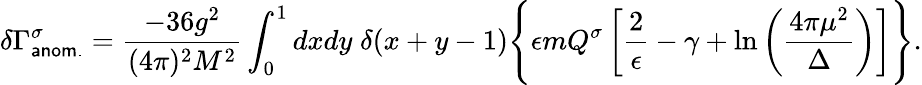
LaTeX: \delta\Gamma_{\sf{anom.}}^{\sigma}=\frac{-36g^{2}}{(4\pi)^{2}M^{2}}\int_{0}^{1}dxdy\; \delta(x+y-1)\Biggl\{ \epsilon mQ^{\sigma}\left[\frac{2}{\epsilon}-\gamma+\ln\left(\frac{4\pi\mu^{2}}{\Delta}\right)\right]\Biggr\} .